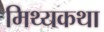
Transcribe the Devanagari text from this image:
मिथ्यकथा